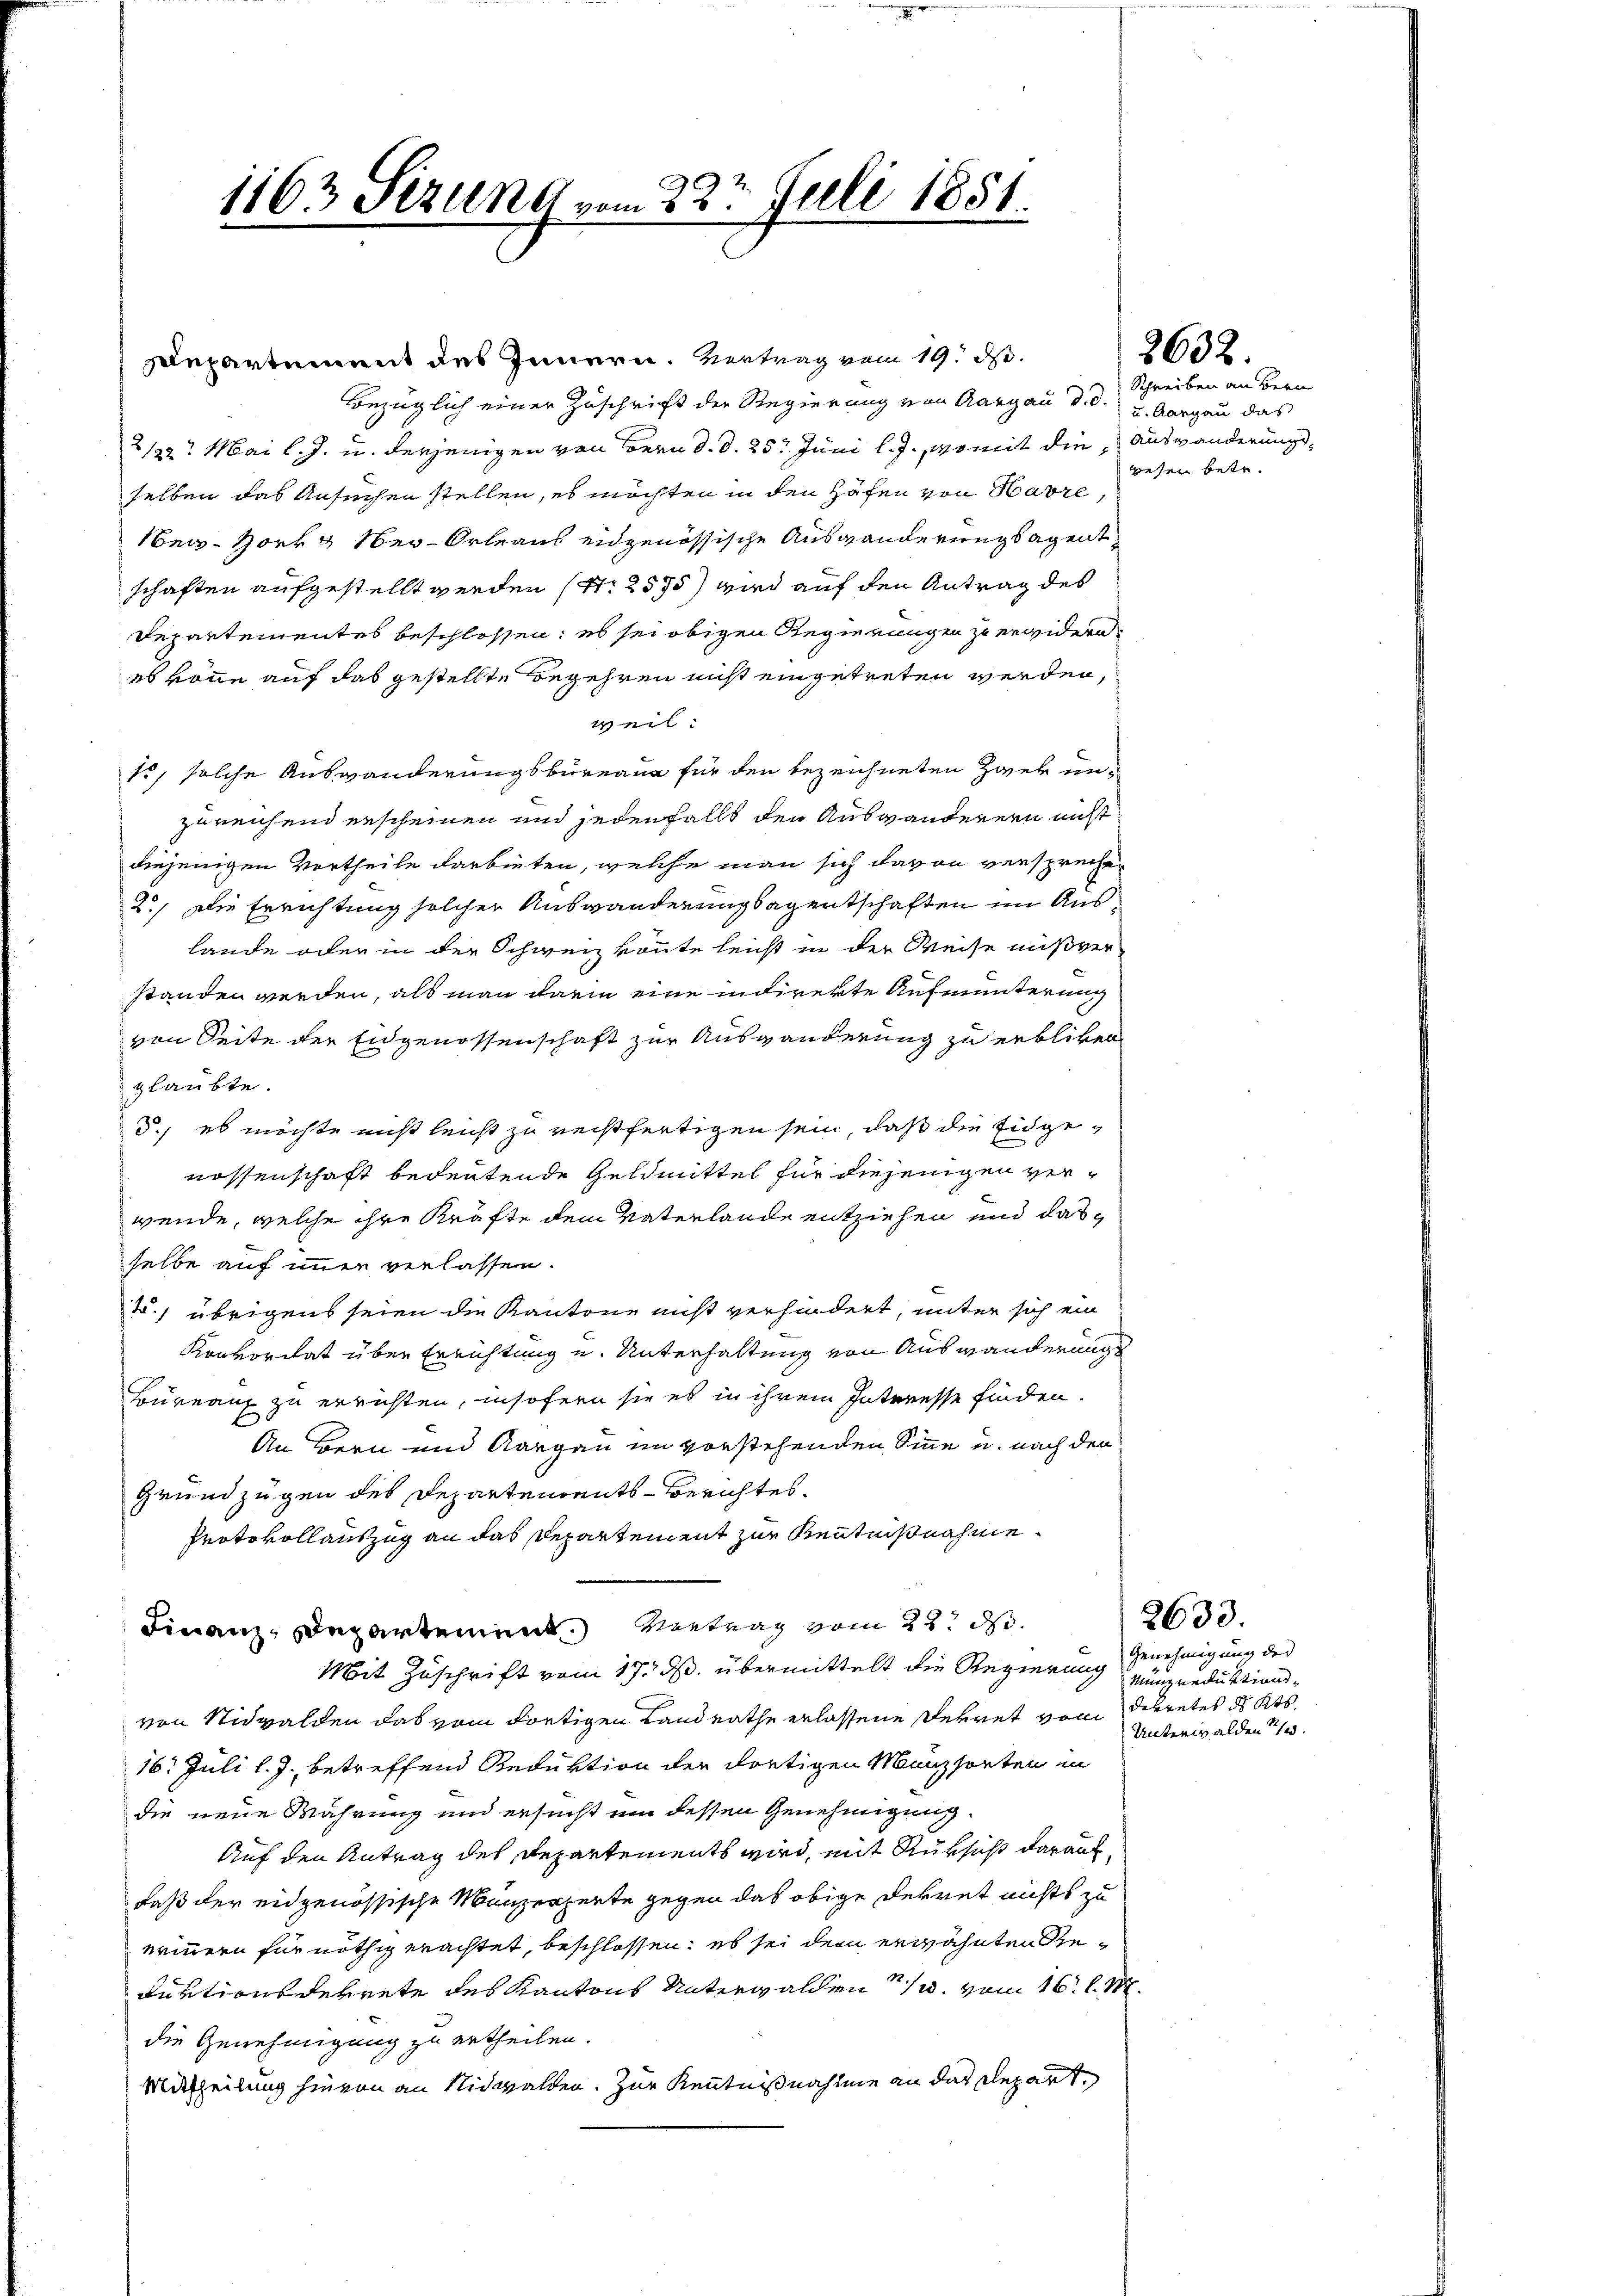
1163 Stzung vom 23ten Juli 1851

Departement des Innern. Vertrag vom 19. d.
Bezüglich einer Zuschrift der Regierung von Aargau d.d. u. Aargau das
2/22. Mai l. J. u. derjenigen von Bern d. d. 25. Juni l. J., womit die Auswanderungsselben das Ansuchen stellen, es möchten in den Hafen von Havre,
ber-Horkg aber Orleans eidgenössische Auswanderungsagentschaften aufgestellt werden (S. 2575) wird auf den Antrag des
Departementes beschlossen; es sei obigen Regierungen zu erwidern.
es könne auf das gestellte Begehren nicht eingetreten werden,
weil:
15, solche Auswanderungsbureau für den bezeichneten Zwek unzureichend erscheinen und jedenfalls den Auswanderern nicht
diejenigen Vortheile darbieten, welche man sich davon versprechen
2.) Die Errichtung solcher Auswanderung sagentschaften im Auslande oder in der Schweiz könnte leicht in der Weise mißverstanden werden, als man darin eine indirekte Aufmunterung
von Seite der Eidgenossenschaft zur Auswanderung zu erblicken
glaubte.
d., es möchte nicht leicht zu rechtfertigen sein, daß die Eidgenossenschaft bedeutende Geldmittel für diejenigen verwende, welche ihre Kräfte dem Vaterlande entziehen und dasselbe auf immer verlassen.
t) übrigens seien die Kantone nicht verhindert, unter sich ein
Konkordat über Errichtung u. Unterhaltung von Auswanderungs
Bureau zu errichten, insofern sie es in ihrem Interesse finden.
An Bern und Aargau im vorstehenden Sinne u. nach den
Grundzügen des Departements-Berichtes.
Protokollauszug an das Departement zur Kenntnißnahme.

Finanz-Departement. Vertrag vom 22. d.
Mit Zuschrift vom 17. ds. übermittelt die Regierung Genehmigung des
von Nidwalden das vom dortigen Landrathe erlassene Perret von dekretes des Kts.
16. Juli l. J., betreffend Reduktion der dortigen Manzsorten in
die neue Wahrung und ersucht um dessen Genehmigung.
Auf den Antrag des Departements wird, mit Rüksicht darauf
daß der eidgenössische Manzerzeite gegen das obige Dekret nichts zu
erinnern für nöthig erachtet, beschlossen; es sei dem erwähnten Getuationsdekrete des Kantons Unterwalden u. vom 16. d. M.
die Genehmigung zu ertheilen.
Mittheilung hievon an Nidwalden. Zur Kenntnißnahme an das Depart

2632.

Schreiben an Bern
wesen betr.

2633.
Münzreduktions¬
Unterwalden 21.